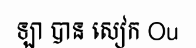
ឡា បាន សៀក Ou